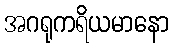
အဂရုကရိယမာနော